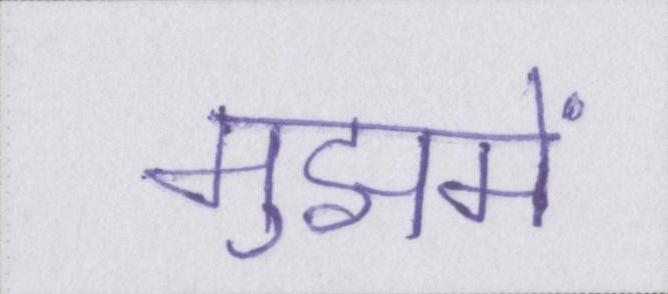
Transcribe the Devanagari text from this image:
मुझमें